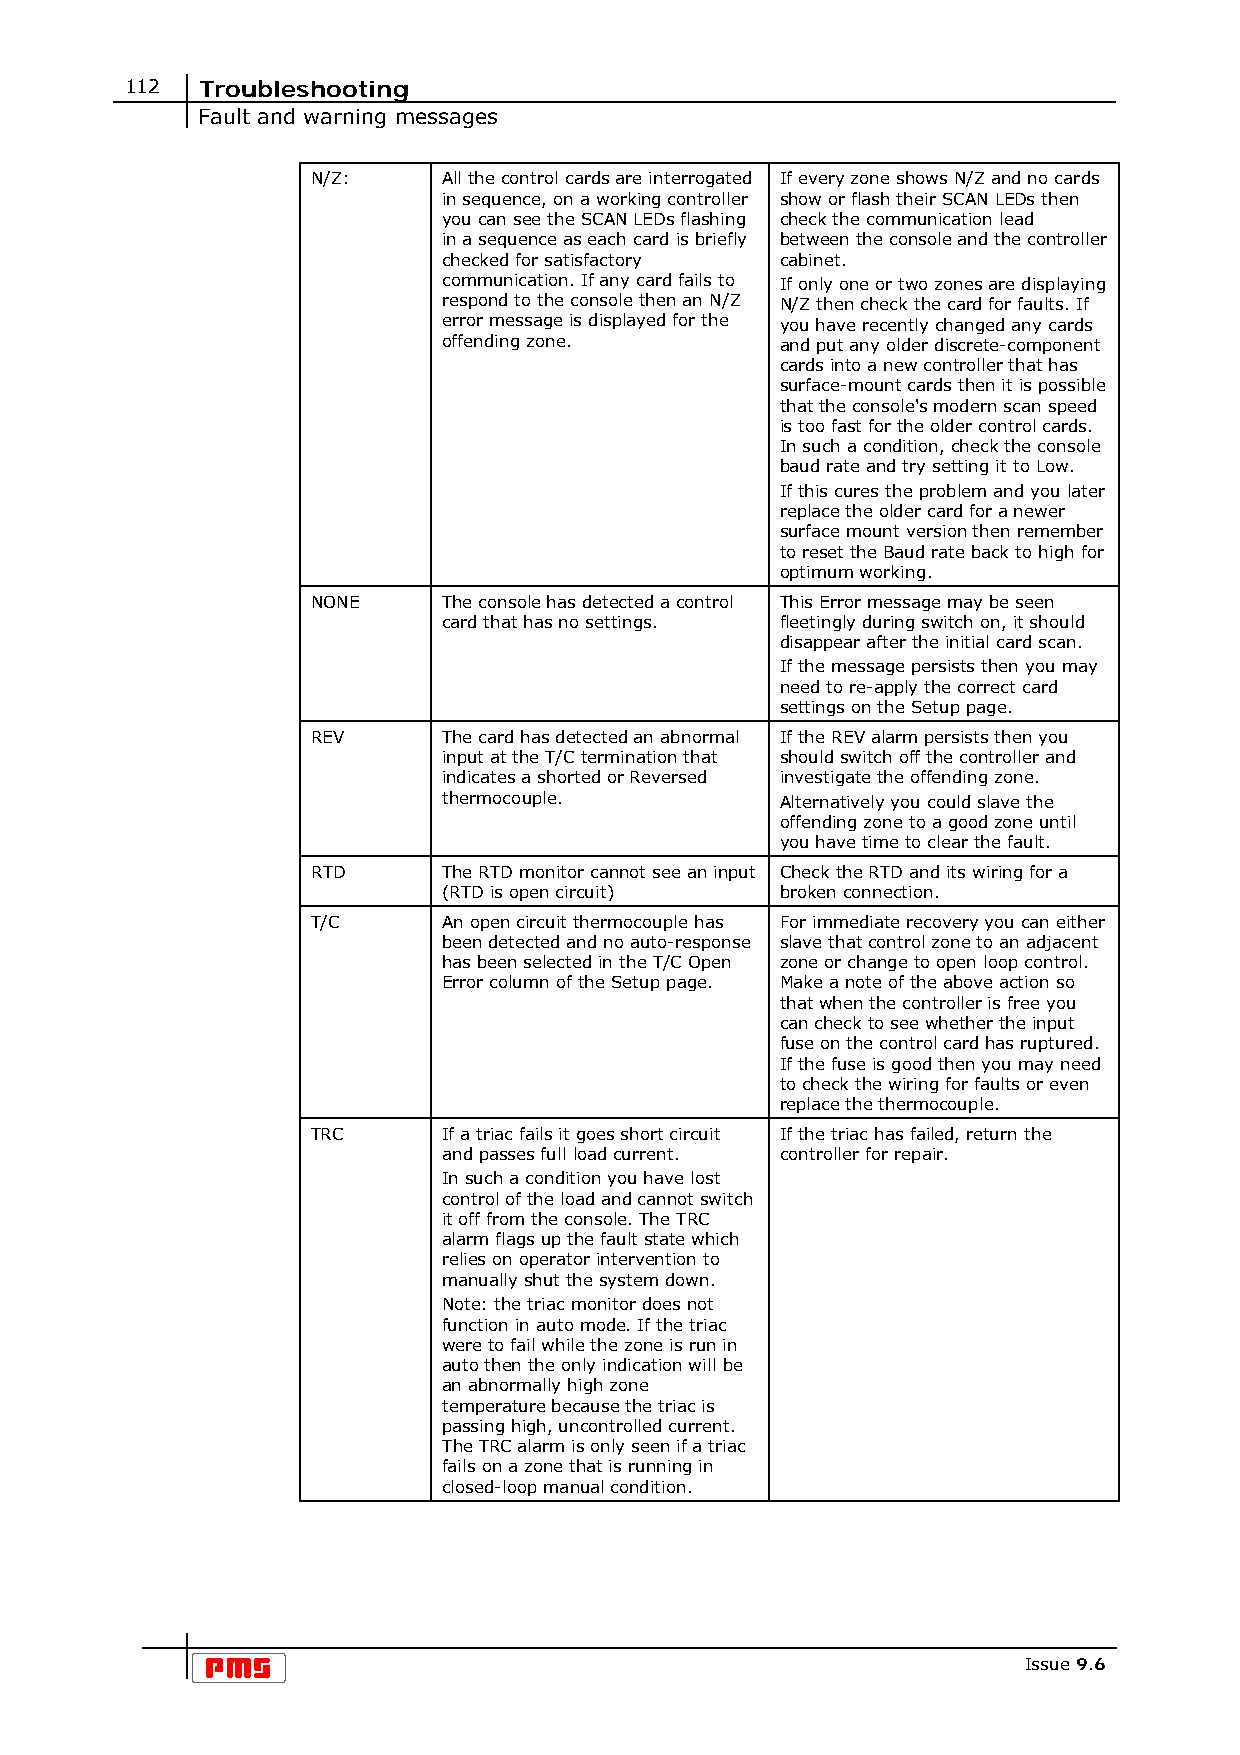
112  Troubleshooting
 Fault and warning messages
 N/Z:    All the control cards are interrogated If every zone shows N/Z and no cards
 in sequence, on a working controller show or flash their SCAN LEDs then
 you can see the SCAN LEDs flashing check the communication lead
 in a sequence as each card is briefly between the console and the controller
 checked for satisfactory cabinet.
 communication. If any card fails to If only one or two zones are displaying
 respond to the console then an N/Z N/Z then check the card for faults. If
 error message is displayed for the you have recently changed any cards
 offending zone.        and put any older discrete-component
 cards into a new controller that has
 surface-mount cards then it is possible
 that the console's modern scan speed
 is too fast for the older control cards.
 In such a condition, check the console
 baud rate and try setting it to Low.
 If this cures the problem and you later
 replace the older card for a newer
 surface mount version then remember
 to reset the Baud rate back to high for
 optimum working.
 NONE    The console has detected a control This Error message may be seen
 card that has no settings. fleetingly during switch on, it should
 disappear after the initial card scan.
 If the message persists then you may
 need to re-apply the correct card
 settings on the Setup page.
 REV     The card has detected an abnormal If the REV alarm persists then you
 input at the T/C termination that should switch off the controller and
 indicates a shorted or Reversed investigate the offending zone.
 thermocouple.          Alternatively you could slave the
 offending zone to a good zone until
 you have time to clear the fault.
 RTD     The RTD monitor cannot see an input Check the RTD and its wiring for a
 (RTD is open circuit)  broken connection.
 T/C     An open circuit thermocouple has For immediate recovery you can either
 been detected and no auto-response slave that control zone to an adjacent
 has been selected in the T/C Open zone or change to open loop control.
 Error column of the Setup page. Make a note of the above action so
 that when the controller is free you
 can check to see whether the input
 fuse on the control card has ruptured.
 If the fuse is good then you may need
 to check the wiring for faults or even
 replace the thermocouple.
 TRC     If a triac fails it goes short circuit If the triac has failed, return the
 and passes full load current. controller for repair.
 In such a condition you have lost
 control of the load and cannot switch
 it off from the console. The TRC
 alarm flags up the fault state which
 relies on operator intervention to
 manually shut the system down.
 Note: the triac monitor does not
 function in auto mode. If the triac
 were to fail while the zone is run in
 auto then the only indication will be
 an abnormally high zone
 temperature because the triac is
 passing high, uncontrolled current.
 The TRC alarm is only seen if a triac
 fails on a zone that is running in
 closed-loop manual condition.
 Issue 9.6